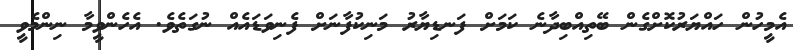
އެމީހުން ހައްޔަރުކޮށްގެން ބޭތިއްބިދާނެ ކަމަށް ފަނޑިޔާރު މަނިކުފާނަށް ފެނިވަޑައެއް ނުގަތެވެ. އެހެންވީމާ ނިންމެވީ